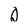
Character: D